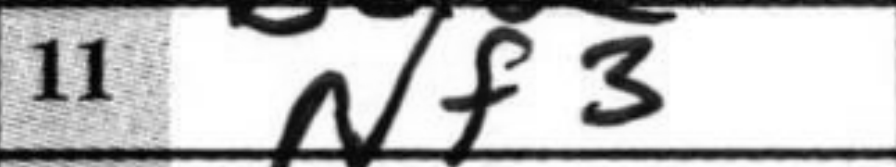
Transcription: Nf3